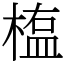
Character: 𣖻